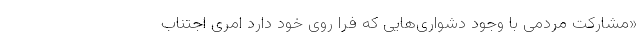
«مشارکت مردمی با وجود دشواری‌هایی که فرا روی خود دارد امری اجتناب